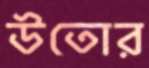
উতোর